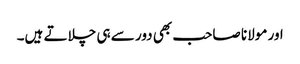
اور مولانا صاحب بھی دور سے ہی چلاتے ہیں۔